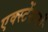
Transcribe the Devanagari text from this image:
एक्स्टेंशनों